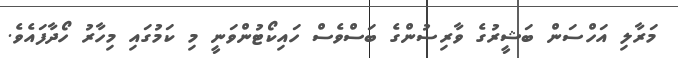
މަރާލި އަހްސަން ބަޝީރުގެ ވާރިސުންގެ ބަސްވެސް ހައިކޯޓުންވަނީ މި ކަމުގައި މިހާރު ހޯދާފައެވެ.